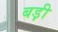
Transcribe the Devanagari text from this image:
बड़़ी